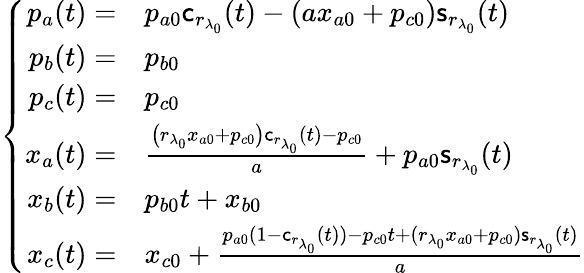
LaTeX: \left\{ \begin{array}{rl}{p_{a}(t)=}&{p_{a0}\mathsf{c}_{r_{\lambda_{0}}}(t)-\left(ax_{a0}+p_{c0}\right)\mathsf{s}_{r_{\lambda_{0}}}(t)}\\ {p_{b}(t)=}&{p_{b0}}\\ {p_{c}(t)=}&{p_{c0}}\\ {x_{a}(t)=}&{\frac{\left({r_{\lambda_{0}}}x_{a0}+p_{c0}\right)\mathsf{c}_{r_{\lambda_{0}}}(t)-p_{c0}}{a}+p_{a0}\mathsf{s}_{r_{\lambda_{0}}}(t)}\\ {x_{b}(t)=}&{p_{b0}t+x_{b0}}\\ {x_{c}(t)=}&{x_{c0}+\frac{p_{a0}(1-\mathsf{c}_{r_{\lambda_{0}}}(t))-p_{c0}t+({r_{\lambda_{0}}}x_{a0}+p_{c0})\mathsf{s}_{r_{\lambda_{0}}}(t)}{a}}\end{array}\right.